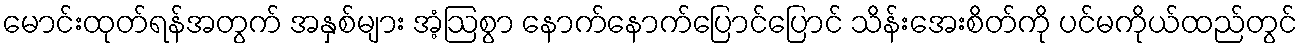
မောင်းထုတ်ရန်အတွက် အနှစ်များ အံ့ဩစွာ နောက်နောက်ပြောင်ပြောင် သိန်းအေးစိတ်ကို ပင်မကိုယ်ထည်တွင်